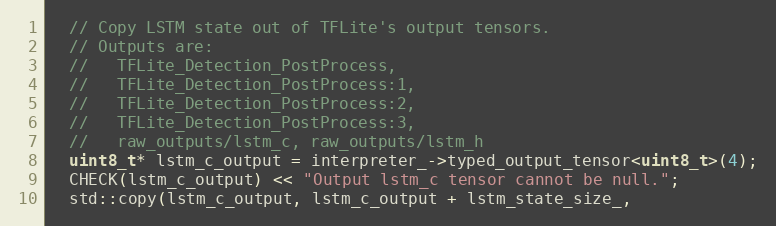
Language: C++
  // Copy LSTM state out of TFLite's output tensors.
  // Outputs are:
  //   TFLite_Detection_PostProcess,
  //   TFLite_Detection_PostProcess:1,
  //   TFLite_Detection_PostProcess:2,
  //   TFLite_Detection_PostProcess:3,
  //   raw_outputs/lstm_c, raw_outputs/lstm_h
  uint8_t* lstm_c_output = interpreter_->typed_output_tensor<uint8_t>(4);
  CHECK(lstm_c_output) << "Output lstm_c tensor cannot be null.";
  std::copy(lstm_c_output, lstm_c_output + lstm_state_size_,